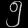
Digit: ၅